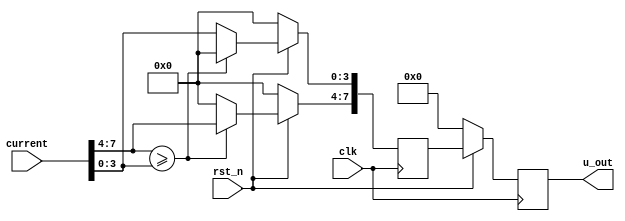
`default_nettype none

module wta ( 
    input wire [7:0] current,
    input wire       clk,
    input wire       rst_n,
    output reg [7:0] u_out
);

    wire comparator;       // comparison of 4 MSBs vs 4 LSBs
    reg [7:0] result;

    always @(posedge clk) begin
        if (!rst_n) begin
            result <= 0;
            u_out <= 0;
        end else begin
            u_out <= result;
            result[7:4] <= (comparator ? current[7:4] : 0);
            result[3:0] <= (comparator ? 0 : current[3:0]);
        end
    end

    // if bits [7:4] are greater than bits [3:0] comparator returns 1, otherwise 0
    assign comparator = (current[7:4] >= current[3:0]);

endmodule